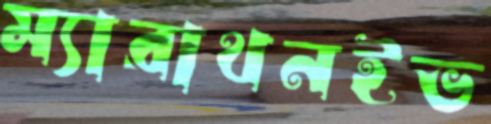
ম্যারাথনইভ